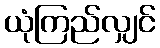
ယုံကြည်လျှင်